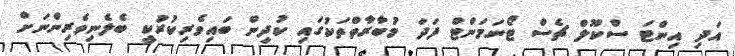
އަދި އިންޓަ ސްކޫލް ޗެސް ޓޯނަމަންޓް ފަދަ މުބާރާތްތަކުގައި ކުދިން ބައިވެރިކުރުކީ ބެލެނިވެރިންނަށް